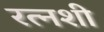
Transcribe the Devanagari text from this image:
रत्नशी